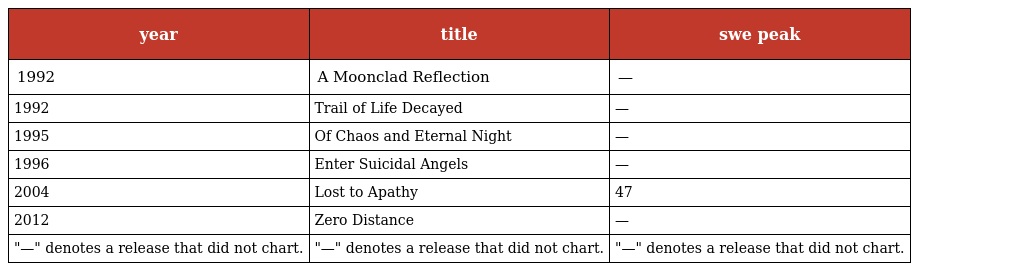
| year | title | swe peak |
 | --- | --- | --- |
 | 1992 | A Moonclad Reflection | — |
 | 1992 | Trail of Life Decayed | — |
 | 1995 | Of Chaos and Eternal Night | — |
 | 1996 | Enter Suicidal Angels | — |
 | 2004 | Lost to Apathy | 47 |
 | 2012 | Zero Distance | — |
 | "—" denotes a release that did not chart. | "—" denotes a release that did not chart. | "—" denotes a release that did not chart. |